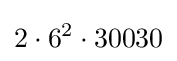
2\cdot 6^{2}\cdot 30030